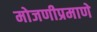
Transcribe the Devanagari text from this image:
मोजणीप्रमाणे